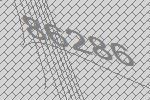
86286